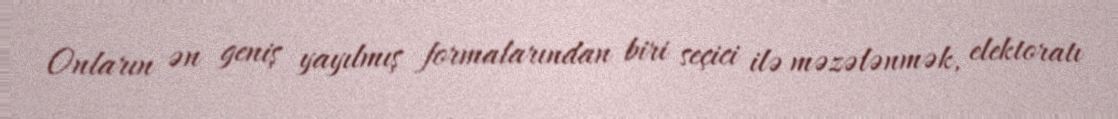
Onların ən geniş yayılmış formalarından biri seçici ilə məzələnmək, elektoratı